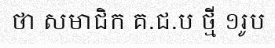
ថា សមាជិក គ.ជ.ប ថ្មី ១រូប